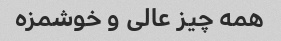
همه چیز عالی و خوشمزه